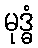
မုဒ္ဓံ